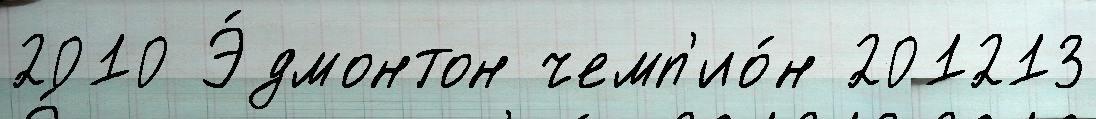
2010 Э́дмонтон чемп'ио́н 201213